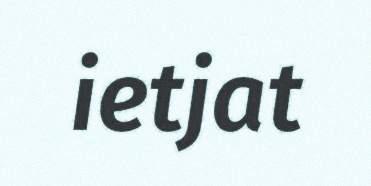
ietjat